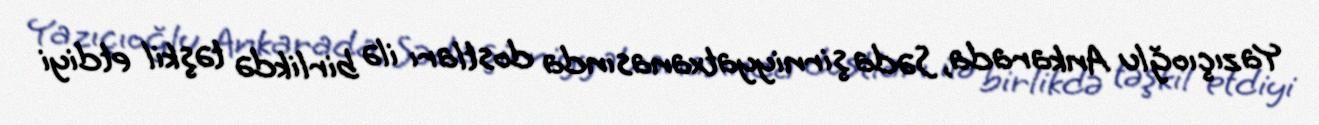
Yazıçıoğlu Ankarada, Səda şirniyyatxanasında dostları ilə birlikdə təşkil etdiyi